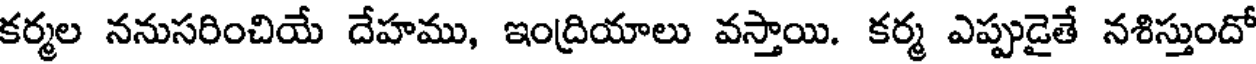
కర్మల ననుసరించియే దేహము, ఇంద్రియాలు వస్తాయి. కర్మ ఎప్పుడైతే నశిస్తుందో